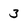
Character: 3